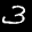
Label: 3